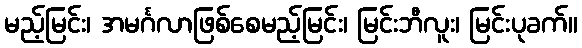
မည့်မြင်း၊ အမင်္ဂလာဖြစ်စေမည့်မြင်း၊ မြင်းဘီလူး၊ မြင်းပုခက်။